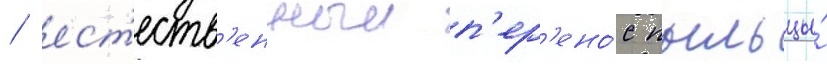
/ ест'еств'енныи п'ер'ено́с пыльцы́